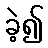
ခဲ့၍